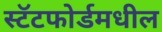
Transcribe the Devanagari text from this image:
स्टॅटफोर्डमधील